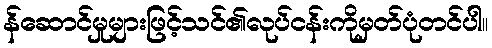
န်ဆောင်မှုများဖြင့်သင်၏လုပ်ငန်းကိုမှတ်ပုံတင်ပါ။